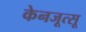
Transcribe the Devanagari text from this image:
केनजूत्सू